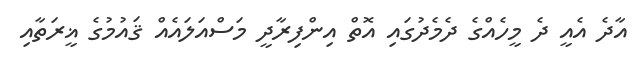
އާދެ އެއީ ދެ މީހެއްގެ ދެމެދުގައި އޮތް އިންފިރާދީ މަސްއަލައެއް ޤައުމުގެ ޣީރަތާއި